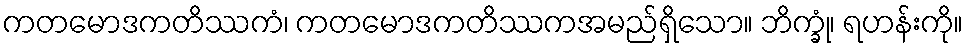
ကတမောဒကတိဿကံ၊ ကတမောဒကတိဿကအမည်ရှိသော။ ဘိက္ခုံ၊ ရဟန်းကို။